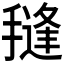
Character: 𭢊